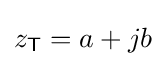
z_{\mathsf {T}}=a+jb